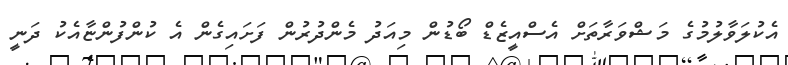
އެކުލަވާލުމުގެ މަޝްވަރާތަށް އެސްއީޒެޑް ބޯޑުން މިއަދު މެންދުރުން ފަށައިގެން އެ ކުންފުންޏާއެކު ދަނީ